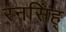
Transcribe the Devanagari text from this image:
रनसिंह्